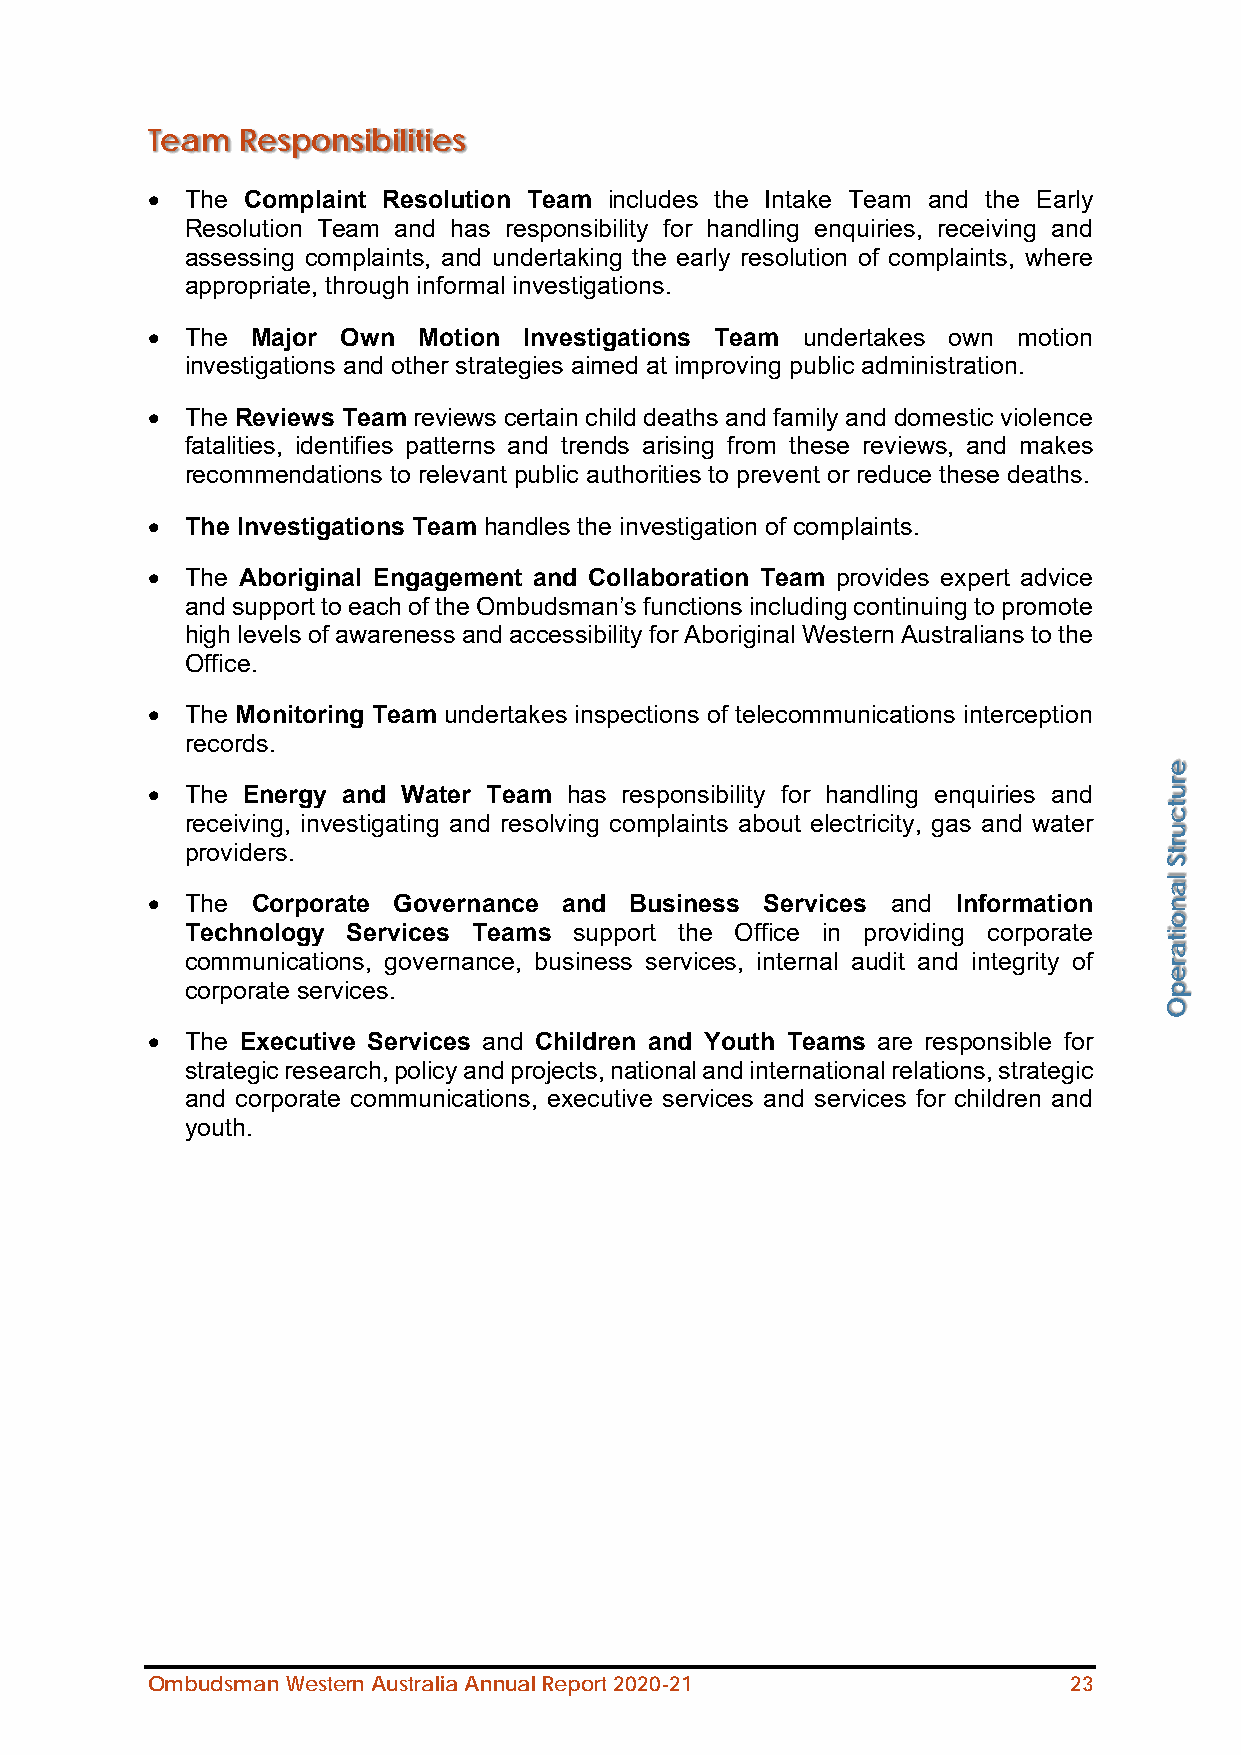
Team  Responsibilities
 • The Complaint Resolution Team includes the Intake Team and the Early
 Resolution Team and has responsibility for handling enquiries, receiving and
 assessing complaints, and undertaking the early resolution of complaints, where
 appropriate, through informal investigations.
 • The  Major Own  Motion Investigations Team undertakes own motion
 investigations and other strategies aimed at improving public administration.
 • The Reviews Team reviews certain child deaths and family and domestic violence
 fatalities, identifies patterns and trends arising from these reviews, and makes
 recommendations to relevant public authorities to prevent or reduce these deaths.
 • The Investigations Team handles the investigation of complaints.
 • The Aboriginal Engagement and Collaboration Team provides expert advice
 and support to each of the Ombudsman’s functions including continuing to promote
 high levels of awareness and accessibility for Aboriginal Western Australians to the
 Office.
 • The Monitoring Team undertakes inspections of telecommunications interception
 records.
 • The Energy and Water Team has responsibility for handling enquiries and
 receiving, investigating and resolving complaints about electricity, gas and water
 providers.
 • The  Corporate Governance and Business Services and Information
 Technology Services Teams support the Office in providing corporate
 communications, governance, business services, internal audit and integrity of
 corporate services.
 • The Executive Services and Children and Youth Teams are responsible for
 strategic research, policy and projects, national and international relations, strategic
 and corporate communications, executive services and services for children and
 youth.
 Ombudsman Western Australia Annual Report 2020-21            23
 erutcurtS
 lanoitarepO